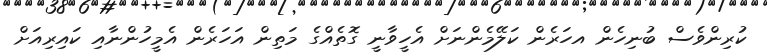
ކުރިންވެސް ބުނިހެން އހަރެން ކަލޭމެންނަށް އެހީވާނީ ގޮތެއްގެ މަތިން އަހަރެން އެމީހުންނާއި ކައިރިއަށް